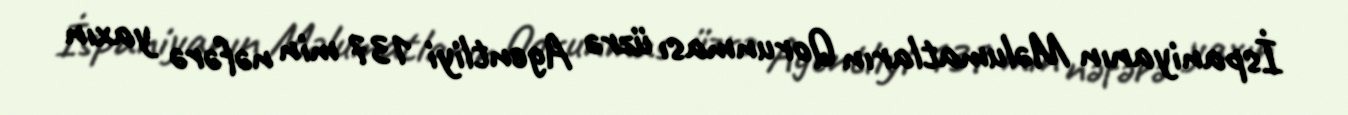
İspaniyanın Məlumatların Qorunması üzrə Agentliyi 137 min nəfərə yaxın